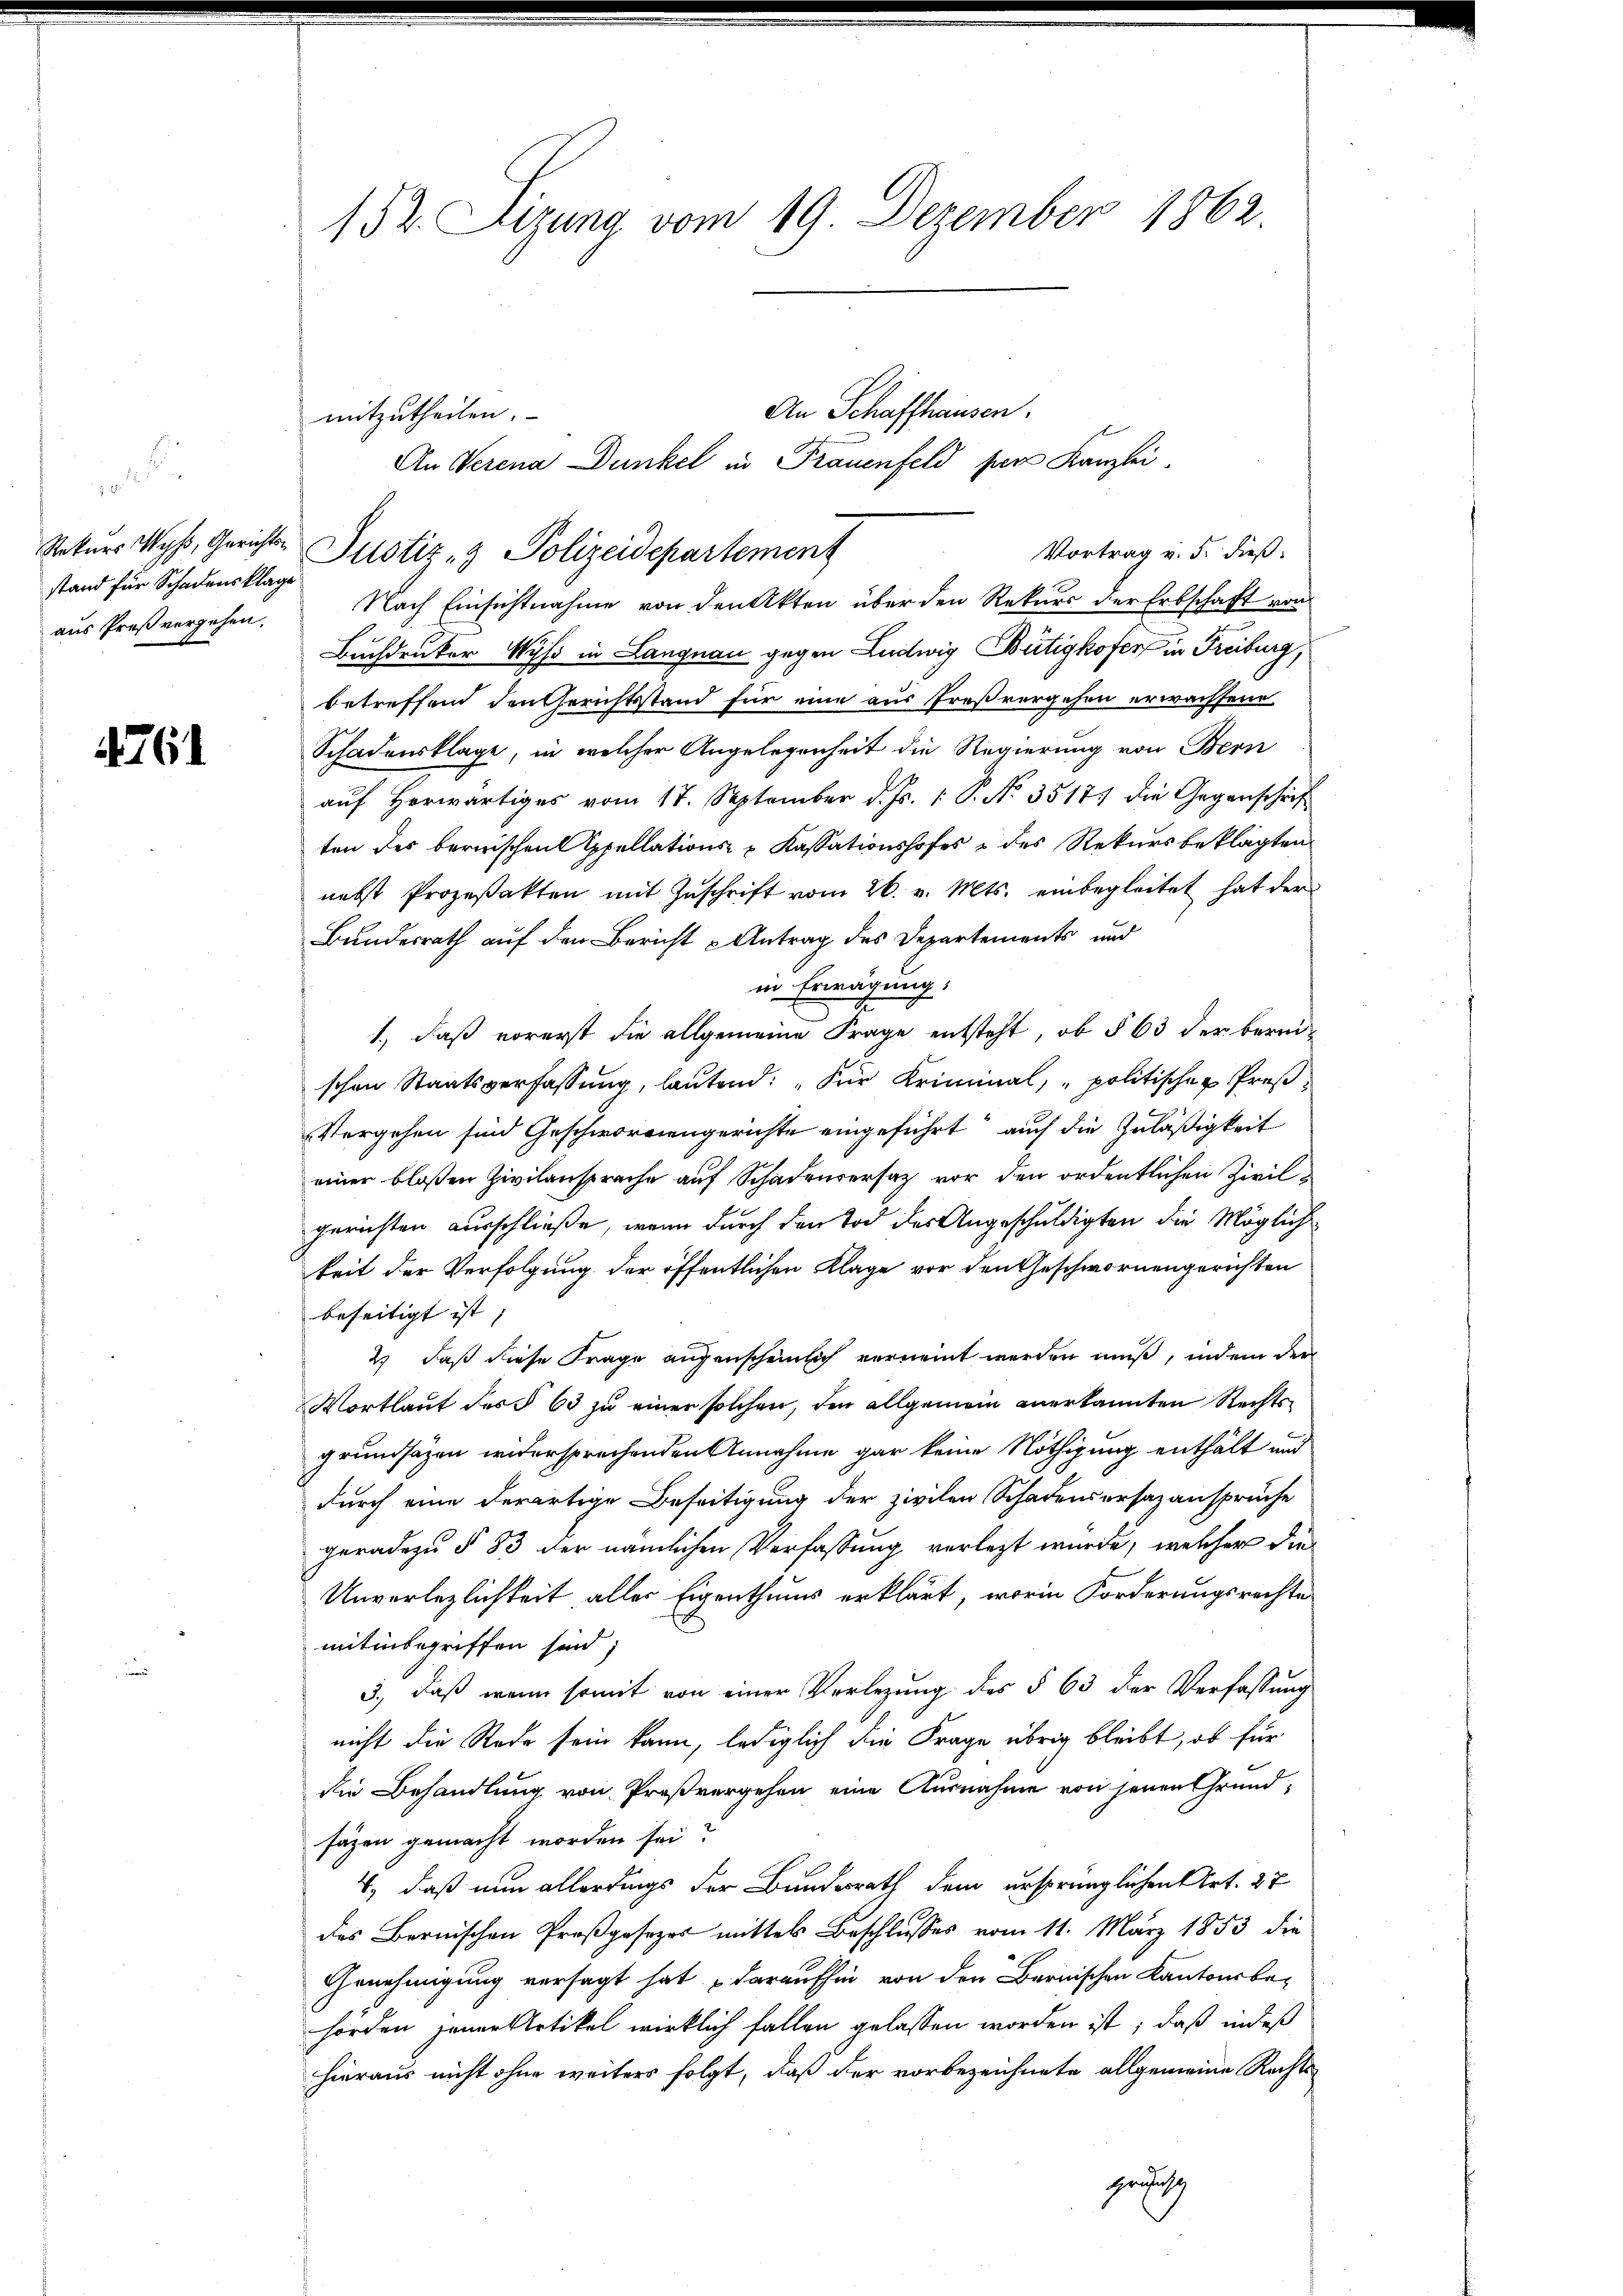
be
Rekurs Wyß, Gerichtsstand für Schadensklage
aus Preßvergehen.

4761

152. Sizung vom 19. Dezember 1862

An Schaffhausen.
mitzutheilen.
An Verena Dunkel in Frauenfeld pers Kanzlei
Vortrag v. 5. dieß
Justiz- & Polizeidepartement
Nach Einsichtnahme von den Akten über den Rekurs der Erbschaft von
Buchdruker Wyß in Langnau gegen Ludwig Bütigkofer in Freiburg,
betreffend den Gerichtsstand für eine aus Preßvergehen erwachsene
Schadensklage, in welcher Angelegenheit die Regierung von Bern
auf Herwärtiges vom 17. September d. Js. 1 S. No. 35177 die Gegenschrift
ten des bernischen Appellations- & Kassationshofes & des Rekursbeklagten
nebst Prozeßakten mit Zŭschrift vom 26. v. Mts. einbegleitet hat der
Bundesrath auf den Bericht u Antrag des Departements und
in Erwägung,
1., daß vorerst die allgemeine Frage entsteht, ob § 63 der berei-
schen Staatsverfassung, lautend: „Für Kriminal, „politischen Proß¬
Vergehen sind Geschwornengerichte eingeführt auch die Zuläßigkeit
einer bloßen Zivilansprache auf Schadenversatz vor den ordentlichen Zivilgerichten ausschließe, wenn durch den Tod der Angeschuldigten die Mögliche
keit der Verfolgung der öffentlichen Klage vor den Geschwornengerichten
beseitigt ist,
2) daß diese Frage augenscheinlich vernennt werden muß, indem der
Wortlaut des § 63 zu einer solchen, den allgemein anerkannten Rechtsgrundsazen widersprechenden Annahme gar keine Nöthigung enthält und
durch eine derartige Beseitigung der zivilen Schadensersazanspruche
geradezu § 83 der nämlichen Verfassung verlezt wurde, welcher die
Unverlezlichkeit, alles Eigenthums erklärt, worin Forderungsrechte
mitinbegriffen sind;
3., daß wenn somit von einer Verlegung des § 63 der Verfassung
nicht die Rede sein kann, lediglich die Frage übrig bleibt, ob für
die Behandlung von Proßvergehen eine Ausnahme von jenen Grundsäzen gemacht worden sei?
4, daß nun allerdings der Bundesrath dem ursprünglichen Art. 27
des Bernischen Proßgesezes mittels Beschlusses vom 11. März 1853 die
Genehmigung versagt hat daraufhin von den Bernischen Kantonsbe-
hörden jener Artikel wirklich fallen gelassen worden ist; daß indeß
hieraus nicht ohne weiters folgt, daß der vorbezeichnete allgemeine Rechtsgesetz